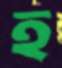
হ